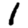
Digit: 1